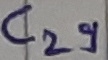
Text: C29